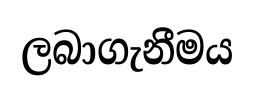
ලබාගැනීමය